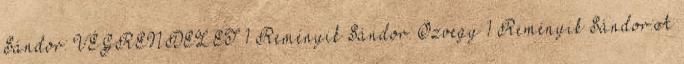
Sándor: VÉGRENDELET 1 Reményik Sándor: Özvegy 1 Reményik Sándor:A